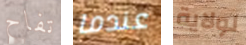
تفاح عندما لولاية